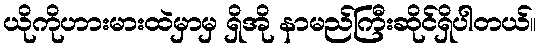
ယိုကိုဟားမားထဲမှာမှ ရှိအို နာမည်ကြီးဆိုင်ရှိပါတယ်။